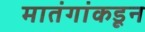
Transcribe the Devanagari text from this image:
मातंगांकडून